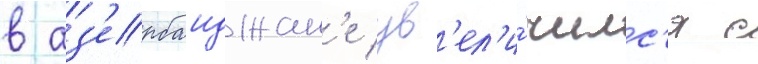
в аз'ербаиджан'е ув'ел'и́чилс'я с